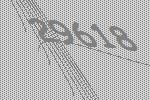
29618